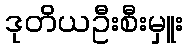
ဒုတိယဦးစီးမှူး